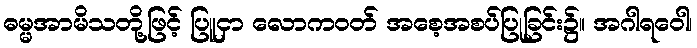
ဓမ္မအာမိသတို့ဖြင့် ပြူငှာ လောကဝတ် အစေ့အစပ်ပြုခြင်း၌။ အဂါရဝေါ၊